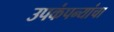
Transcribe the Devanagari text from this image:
उपकंपन्यांचा